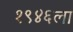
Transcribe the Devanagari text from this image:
१९४६ला